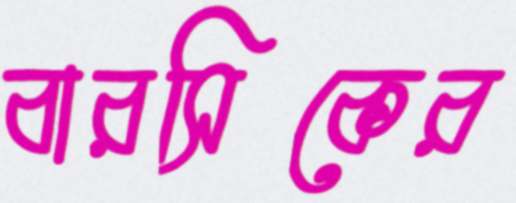
বারসিকের